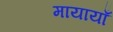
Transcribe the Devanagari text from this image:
मायायाँ